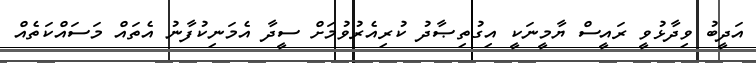
އަދީބު ވިދާޅުވީ ރައީސް ޔާމީނަކީ އިގުތިޞާދު ކުރިއެރުވުމަށް ސީދާ އެމަނިކުފާނު އެތައް މަސައްކަތެއް